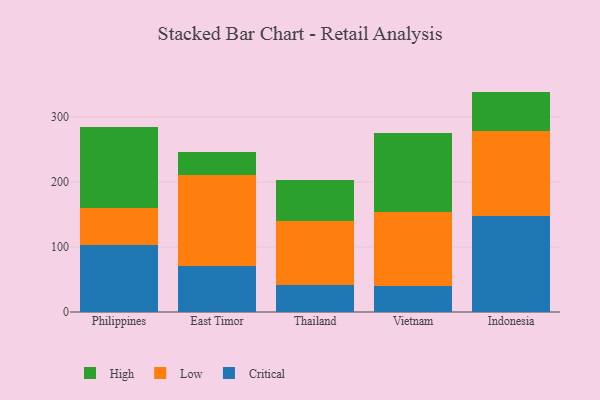
{"axis": {"x": "Country", "y": "Market Share (%)"}, "legend": ["Critical", "High", "Low"], "data": [{"x": "Philippines", "y": 102.8, "type": "Critical"}, {"x": "Philippines", "y": 57.4, "type": "Low"}, {"x": "Philippines", "y": 124.5, "type": "High"}, {"x": "East Timor", "y": 71.1, "type": "Critical"}, {"x": "East Timor", "y": 138.9, "type": "Low"}, {"x": "East Timor", "y": 35.8, "type": "High"}, {"x": "Thailand", "y": 41.7, "type": "Critical"}, {"x": "Thailand", "y": 98.7, "type": "Low"}, {"x": "Thailand", "y": 62.2, "type": "High"}, {"x": "Vietnam", "y": 40.2, "type": "Critical"}, {"x": "Vietnam", "y": 114.0, "type": "Low"}, {"x": "Vietnam", "y": 121.5, "type": "High"}, {"x": "Indonesia", "y": 148.4, "type": "Critical"}, {"x": "Indonesia", "y": 129.3, "type": "Low"}, {"x": "Indonesia", "y": 61.3, "type": "High"}]}